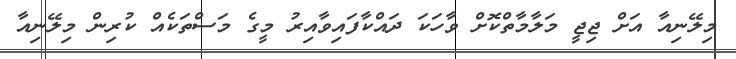
މިލޭނިއާ އަށް ޖިޖީ މަލާމާތްކޮށް ވާހަކަ ދައްކާފައިވާއިރު މީގެ މަސްތަކެއް ކުރިން މިލޭނިއާ